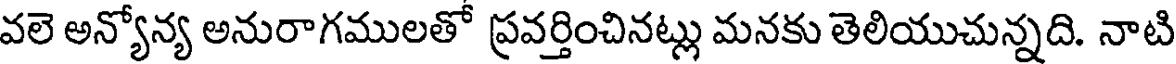
వలె అన్యోన్య అనురాగములతో ప్రవర్తించినట్లు మనకు తెలియుచున్నది. నాటి